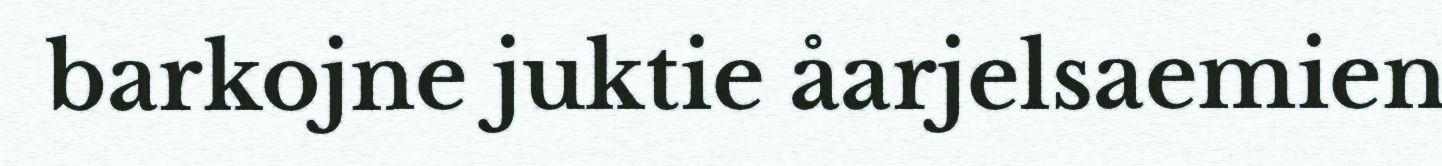
barkojne juktie åarjelsaemien